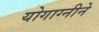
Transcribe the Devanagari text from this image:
योगाग्नीने